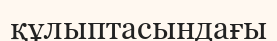
құлыптасындағы